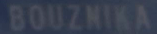
BOUZNIKA